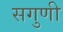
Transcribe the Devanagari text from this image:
सगुणी